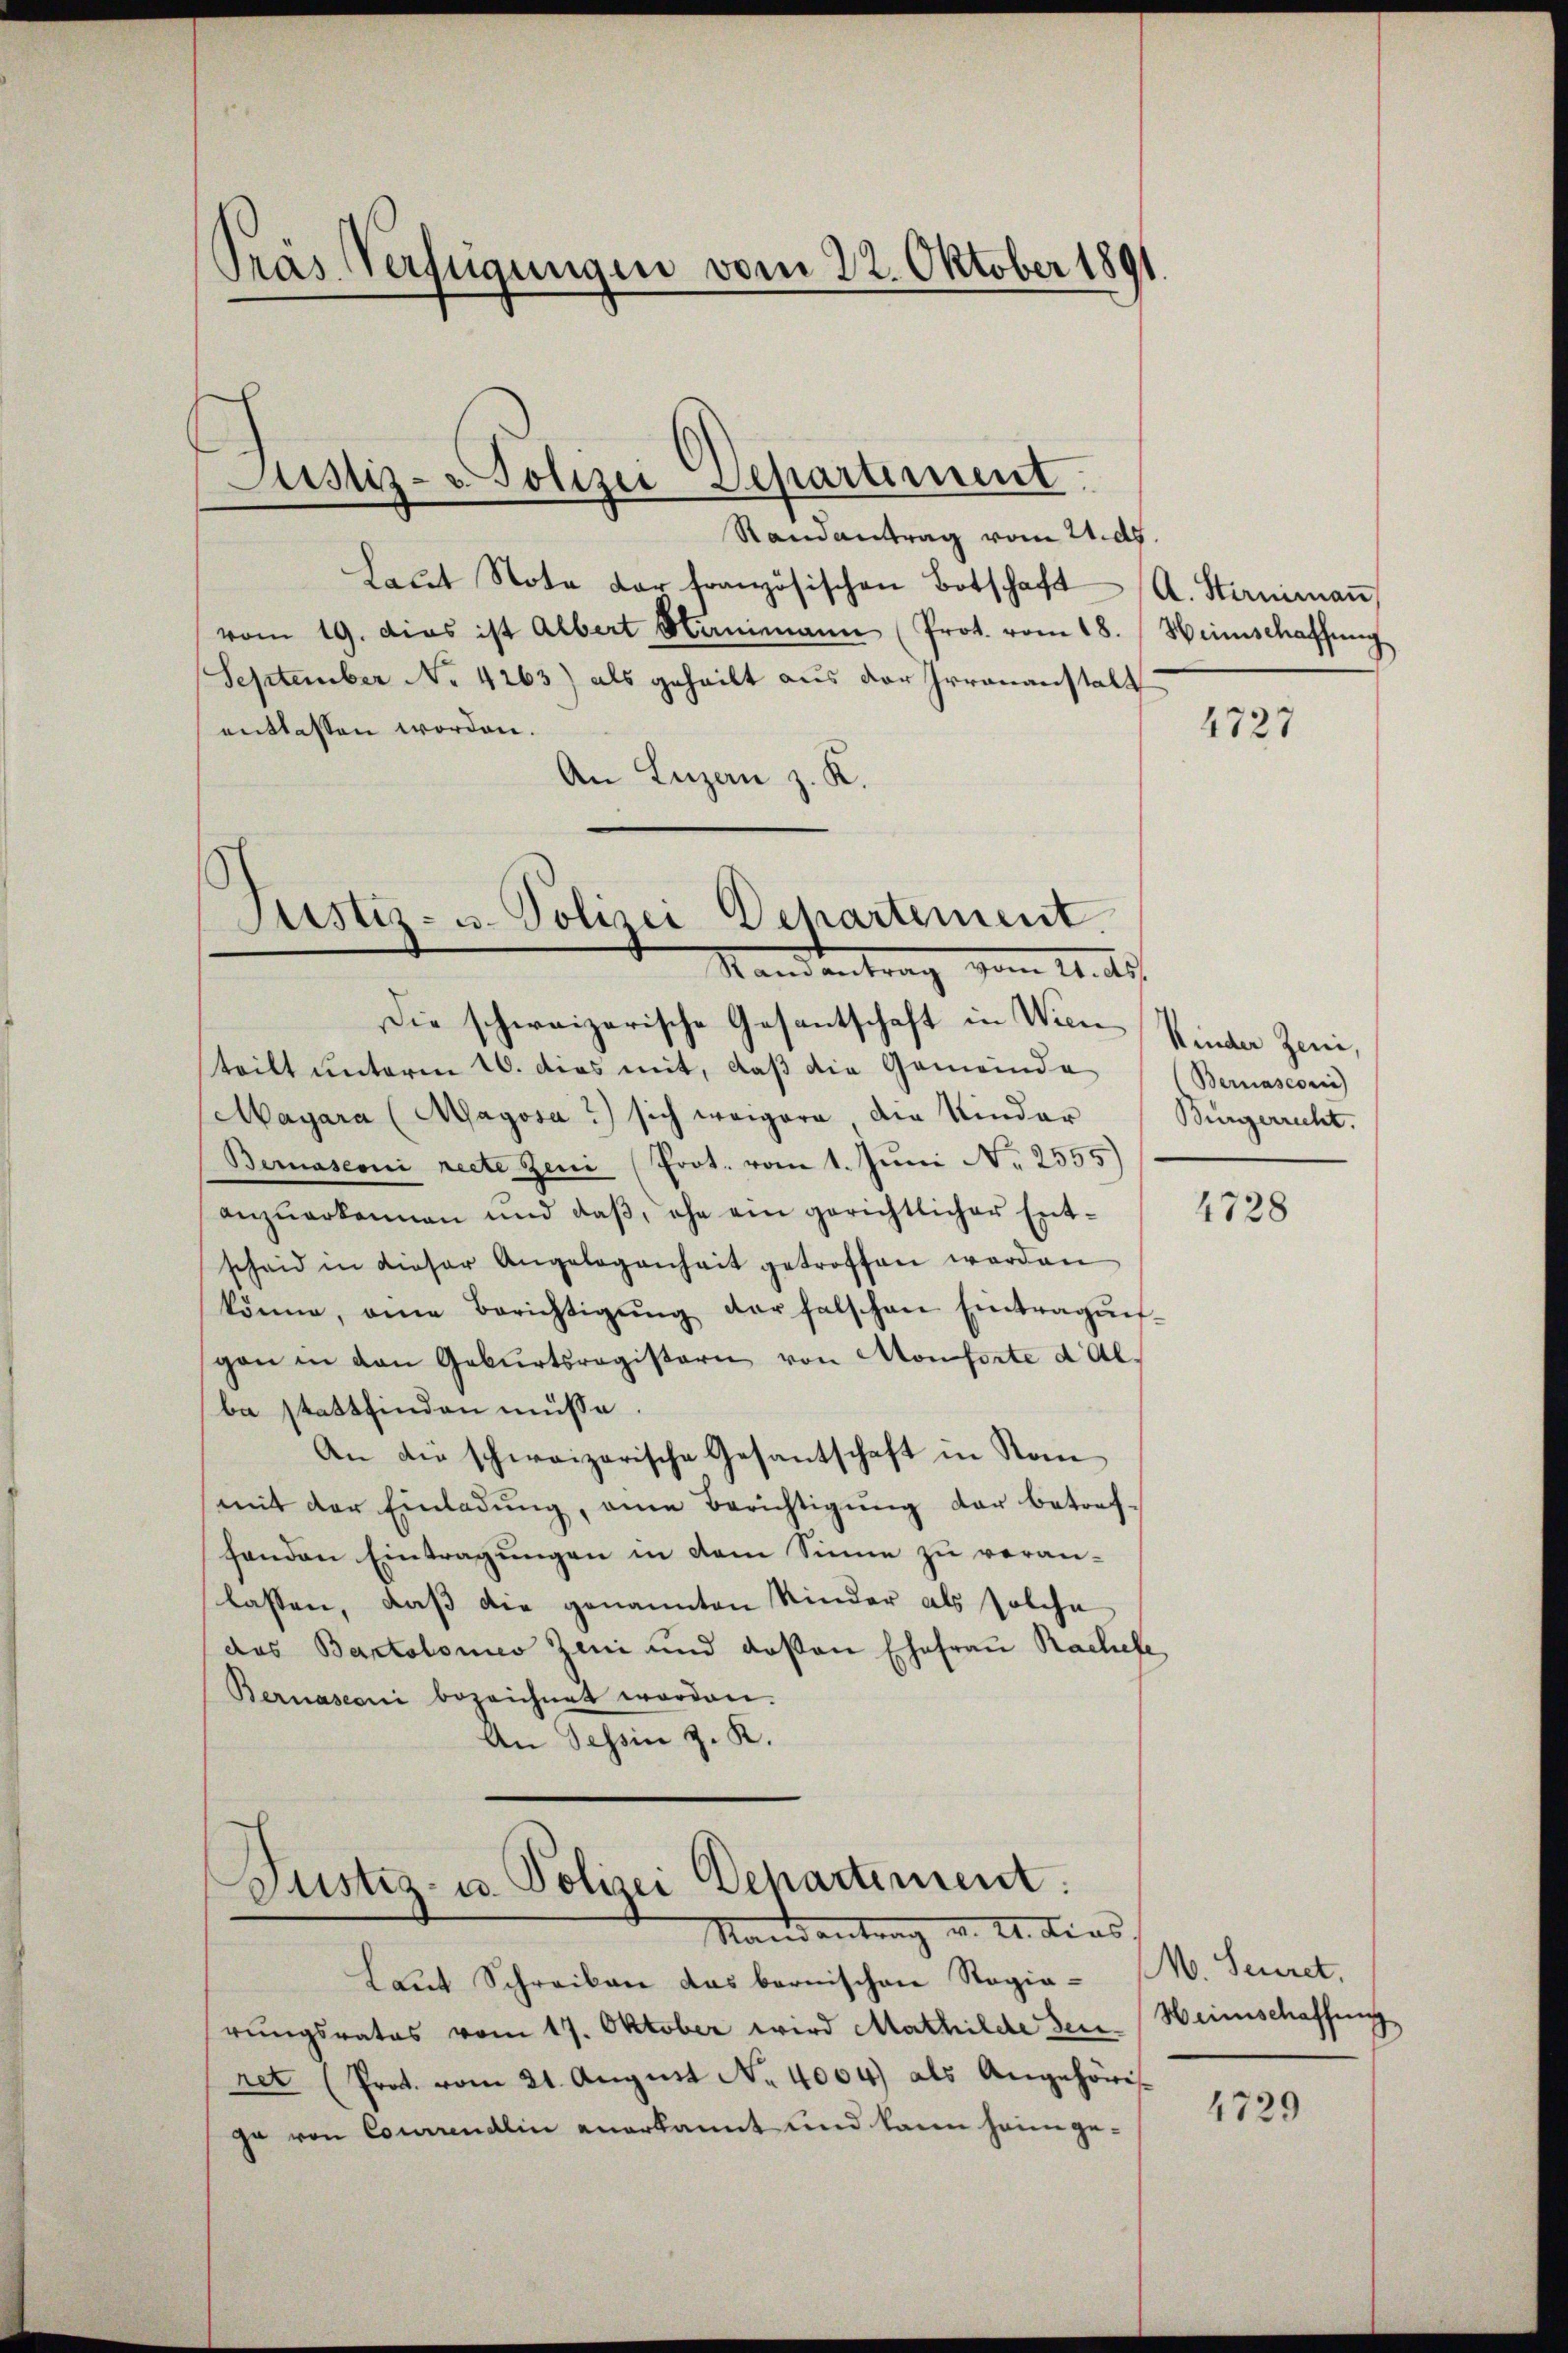
Träs Verfügungen vom 22. Oktober 1891

Justiz-Polizei Separtement

Randantrag vom 21. ds.
Laut Note der französischen Botschaft
vom 19. Das ist Albert Manimann (Prot. vom 18. Heimschaffŭng
September No 4263) als geheilt aus der Irrenanstalt
entlassen worden.
An Luzern z. K.
Die schweizerische Gesantschaft in Wien Kinder Zeni,
teilt unterm 10. dies mit, daß die Gemeinde
Magara (Magosa?) sich weigere die Kinder Bürgerrecht.
Bernasconi recte Zeni (Prot. vom 1. Juni N. 2555)
anzuerkennen und daß, ehe ein gerichtlicher Entscheid in dieser Angelegenheit getroffen werden
könne, eine Berichtigŭng der falschen Eintragŭn-
gan in den Geburtsregistern von Monsorte dalba stattfinden müsse.
An die schweizerische Gesantschaft in Nan
mit der Einladung, eine Berichtigung der betrefhenden Eintragungen in dem Sinne zu veranlassen, daß die genannten Kinder als solche
das Bartolomeo Zeni und deßen Ehefrau Rachefe,
Bernasconi bezeichnet worden.
An Tessin z. K.

Justiz- u. Polizei Dehartement.
Standentrag vom 11. d.

Justiz- u. Polizei Departement.
Randantrag u. II. Dies

Laut Schreiben das bernischen Regierungsrates vom 17. Oktober wird Mathilde dei-
ret (Prot. vom 21. August No. 4004) als Angehörisge von Courendlin anerkannt und kann heim ge¬

A. Sterniman

4727

Bernasconi

4728

M. Secret.
Heimschaffung

4729